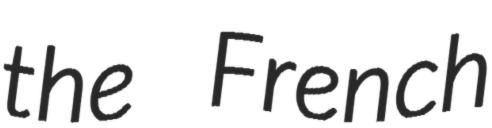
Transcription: the French